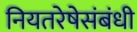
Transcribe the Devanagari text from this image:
नियतरेषेसंबंधी